Annual report of the Punjab Veterinary College and of the Civil Veterinary Department, Punjab - 1894-1908
Year: 1894
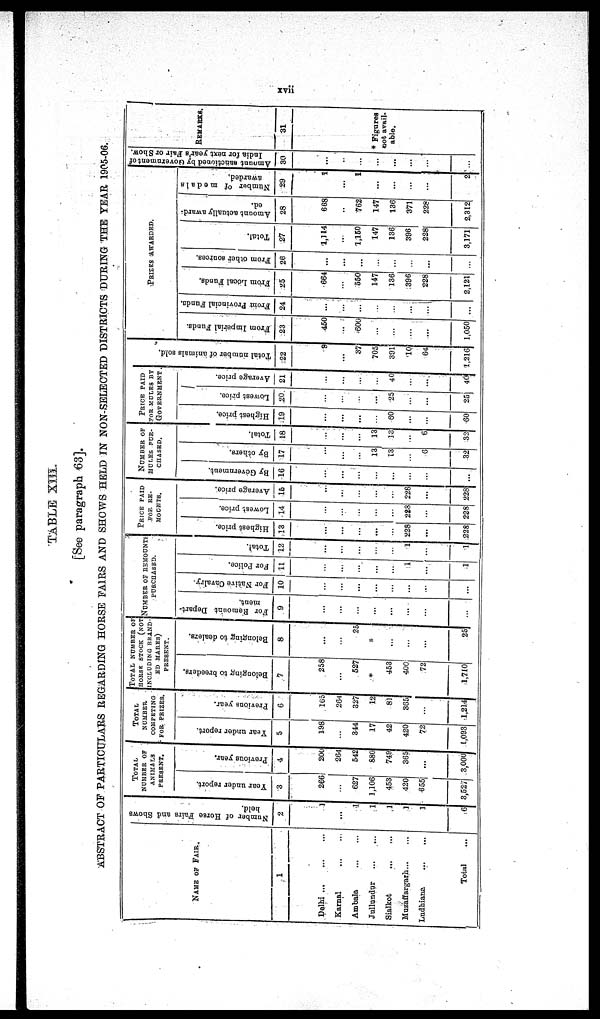
xvii
TABLE XIII.
[See paragraph 63].
ABSTRACT OF PARTICULARS REGARDING HORSE FAIRS AND SHOWS HELD IN NON-SELECTED DISTRICTS DURING THE YEAR 1905-06.
NAME OF FAIR
1
Delhi
...
...
...
Karnal
...
...
Ambala
...
...
Jullundur
...
...
Sialkot
...
...
Muzaffargarh... ...
Ludhiana ... ...
Total ...
Number of Horse Fairs and Shows
hold.
2
1
...
1
1
1
1
6
TOTAL
NUMBER OF
ANIMALS
PRESENT.
Year
under report.
3
266
...
627
1,106
453
420
655
3,527
Previous year.
4
200
264
542
680
749
365
...
3,000
TOTAL
NUMBER
COMPETING
FOR PRIZES.
Year under report.
5
198
...
344
17
42
420
72
1,093
Previous year.
6
165
264
327
12
81
365
...
4,214
TOTAL NUMBER OF
HORSE STOCK(NOT
INCLUDING BRAND
ED MARES)
PRESENT.
Belonging to breeders.
7
258
...
527
*
453
400
72
1,710
Belonging to dealers.
8
...
...
25
*
...
...
...
25
NUMBER OF REMOUNTS
PURCHASED.
For Remount Depart-
ment.
9
...
...
...
...
...
...
...
...
For Native Cavalry.
10
...
...
...
...
...
...
...
...
For Police.
11
...
...
...
...
...
1
...
1
Total.
12
...
...
...
...
...
1
...
1
PRICE PAID
FOR RE-
MOOMTS.
Highest price.
13
...
...
...
...
...
228
...
228
Lowest price.
14
...
...
...
...
...
228
...
228
Average price.
15
...
...
...
...
...
228
...
228
NUMBER OF
MULES PUR-
CHASED.
By Government.
16
...
...
...
...
...
...
...
...
By others.
17
...
...
...
13
13
...
6
32
Total.
18
...
...
...
13
13
...
6
32
PRICE PAID
FOR MULES BY
GOVERNMENT.
Highest price.
.19
...
...
...
...
60
...
...
60
Lowest price.
20
...
...
...
...
25
...
...
25
Average price.
21
...
...
...
...
40
...
...
40
Total number of animals sold.
22
9
...
37
705
391
101
64
1,216
PRIZES AWARDED.
From Imperial Funds.
23
450
...
600
...
...
...
...
1,050
From Provincial Funda.
24
...
...
...
...
...
...
...
...
From Local Funds.
25
664
...
550
147
136
396
228
2,121
From other sources.
26
...
...
...
...
...
...
...
...
Total.
27
1,114
...
1,150
147
136
396
228
3,171
Amount actually award-
ed.
28
668
...
762
147
136
371
228
2,312
Number of medals
awarded.
29
1
...
1
...
...
...
...
2
Amount sanctioned by Government of
India for next year's Fair or Show
30
...
...
...
...
...
...
...
...
REMARKS
31
* Figures
not avail-
able.